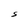
Character: S